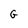
Character: G